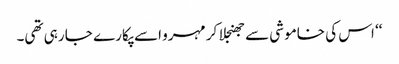
‘‘ اس کی خاموشی سے جھنجلا کر مہرو اسے پکارے جا رہی تھی۔